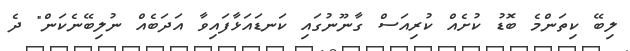
ލިބޭ ކިތަންމެ ބޮޑު ކުށެއް ކުރިއަސް ގާނޫނުގައި ކަނޑައަޅާފައިވާ އަދަބެއް ނުލިބޭނެކަން" ދެ